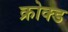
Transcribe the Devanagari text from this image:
क्रोक्ड